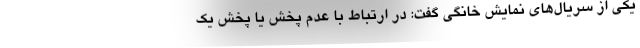
یکی از سریال‌های نمایش خانگی گفت: در ارتباط با عدم پخش یا پخش یک